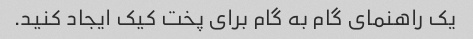
یک راهنمای گام به گام برای پخت کیک ایجاد کنید.